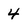
Character: 4